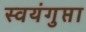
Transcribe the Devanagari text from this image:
स्वयंगुप्ता